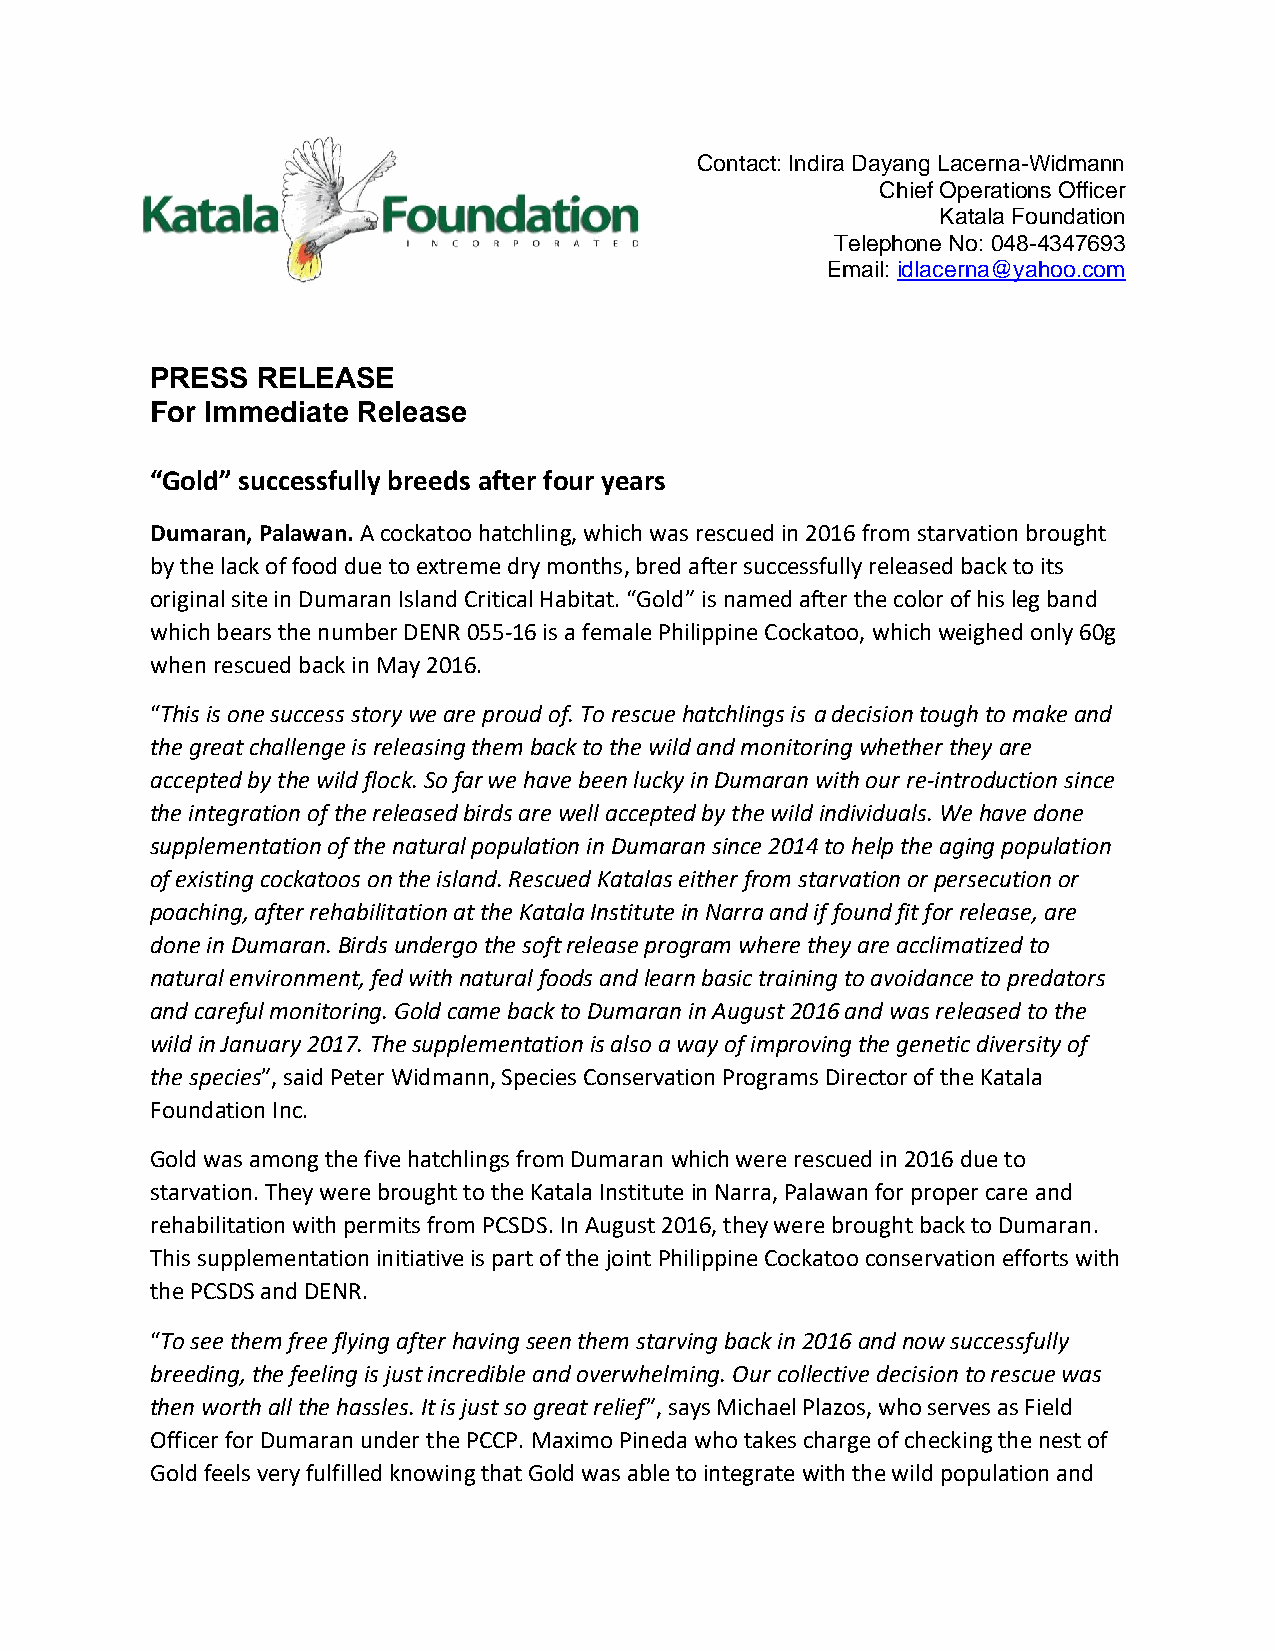
Contact: Indira Dayang Lacerna-Widmann
 Chief Operations Officer
 Katala Foundation
 Telephone No: 048-4347693
 Email: idlacerna@yahoo.com
 PRESS  RELEASE
 For Immediate Release
 “Gold” successfully breeds after four years
 Dumaran, Palawan. A cockatoo hatchling, which was rescued in 2016 from starvation brought
 by the lack of food due to extreme dry months, bred after successfully released back to its
 original site in Dumaran Island Critical Habitat. “Gold” is named after the color of his leg band
 which bears the number DENR 055-16 is a female Philippine Cockatoo, which weighed only 60g
 when rescued back in May 2016.
 “This is one success story we are proud of. To rescue hatchlings is a decision tough to make and
 the great challenge is releasing them back to the wild and monitoring whether they are
 accepted by the wild flock. So far we have been lucky in Dumaran with our re-introduction since
 the integration of the released birds are well accepted by the wild individuals. We have done
 supplementation of the natural population in Dumaran since 2014 to help the aging population
 of existing cockatoos on the island. Rescued Katalas either from starvation or persecution or
 poaching, after rehabilitation at the Katala Institute in Narra and if found fit for release, are
 done in Dumaran. Birds undergo the soft release program where they are acclimatized to
 natural environment, fed with natural foods and learn basic training to avoidance to predators
 and careful monitoring. Gold came back to Dumaran in August 2016 and was released to the
 wild in January 2017. The supplementation is also a way of improving the genetic diversity of
 the species”, said Peter Widmann, Species Conservation Programs Director of the Katala
 Foundation Inc.
 Gold was among the five hatchlings from Dumaran which were rescued in 2016 due to
 starvation. They were brought to the Katala Institute in Narra, Palawan for proper care and
 rehabilitation with permits from PCSDS. In August 2016, they were brought back to Dumaran.
 This supplementation initiative is part of the joint Philippine Cockatoo conservation efforts with
 the PCSDS and DENR.
 “To see them free flying after having seen them starving back in 2016 and now successfully
 breeding, the feeling is just incredible and overwhelming. Our collective decision to rescue was
 then worth all the hassles. It is just so great relief”, says Michael Plazos, who serves as Field
 Officer for Dumaran under the PCCP. Maximo Pineda who takes charge of checking the nest of
 Gold feels very fulfilled knowing that Gold was able to integrate with the wild population and